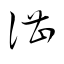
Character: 諶